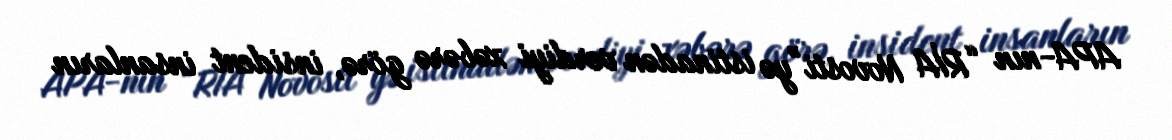
APA-nın “RİA Novosti”yə istinadən verdiyi xəbərə görə, insident insanların